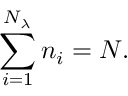
\sum _ { i = 1 } ^ { N _ { \lambda } } { n _ { i } } = N .